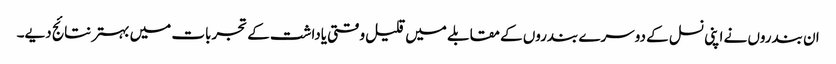
ان بندروں نے اپنی نسل کے دوسرے بندروں کے مقابلے میں قلیل وقتی یاداشت کے تجربات میں بہتر نتائج دیے۔